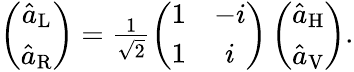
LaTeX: \begin{array}{r}{\left(\begin{array}{c}{\hat{a}_{\mathrm{L}}}\\ {\hat{a}_{\mathrm{R}}}\end{array}\right)=\frac{1}{\sqrt{2}}\left(\begin{array}{cc}{1}&{-i}\\ {1}&{i}\end{array}\right)\left(\begin{array}{c}{\hat{a}_{\mathrm{H}}}\\ {\hat{a}_{\mathrm{V}}}\end{array}\right).}\end{array}